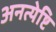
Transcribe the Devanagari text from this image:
अनत्येष्टि